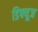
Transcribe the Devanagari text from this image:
डिफ्यूज